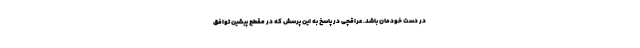
در دست خودمان باشد. عراقچی در پاسخ به این پرسش که در مقطع پیشین توافق